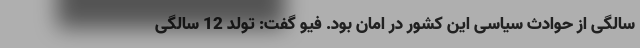
سالگی از حوادث سیاسی این کشور در امان بود. فیو گفت: تولد 12 سالگی